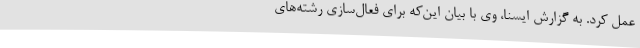
عمل کرد. به گزارش ایسنا، وی با بیان این‌که برای فعال‌سازی رشته‌های